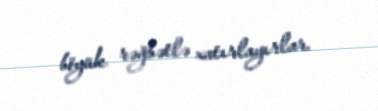
böyük rəğbətlə xatırlayırlar.